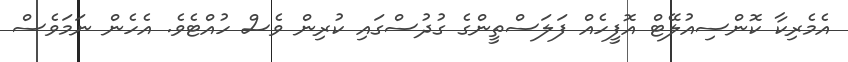
އެމެރިކާ ކޮންސިއުލޭޓް އޮފީހެއް ފަލަސްތީންގެ ގުދުސްގައި ކުރިން ވެސް ހުއްޓެވެ. އެހެން ނަމަވެސް